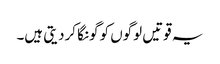
یہ قوتیں لوگوں کو گونگا کردیتی ہیں۔